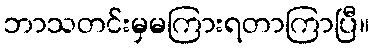
ဘာသတင်းမှမကြားရတာကြာပြီ။